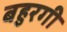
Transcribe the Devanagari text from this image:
बहुरगी